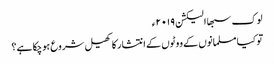
لوک سبھا الیکشن ۲۰۱۹ء
تو کیا مسلمانوں کے ووٹوں کے انتشار کا کھیل شروع ہوچکا ہے؟